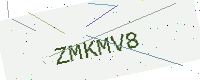
Text: ZMKMV8